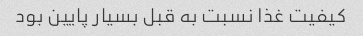
کیفیت غذا نسبت به قبل بسیار پایین بود